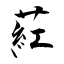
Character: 葒